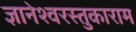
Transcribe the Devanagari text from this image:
ज्ञानेश्वरस्तुकाराम